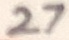
Text: 27